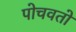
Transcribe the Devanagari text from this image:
पोचवतो